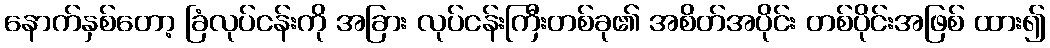
နောက်နှစ်တော့ ခြံလုပ်ငန်းကို အခြား လုပ်ငန်းကြီးတစ်ခု၏ အစိတ်အပိုင်း တစ်ပိုင်းအဖြစ် ထား၍